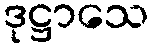
ဒုဋ္ဌာသေ